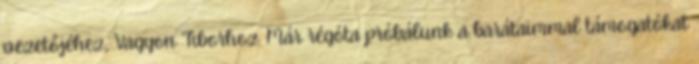
vezetőjéhez, Vagyon Tiborhoz. Már régóta próbálunk a barátaimmal támogatókat